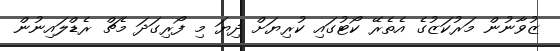
ޒުވާނުން މަރުކަޒުގެ އެތެރޭ ކޯޓުގައި ކުރިޔަށް ދިޔަ މި ފޯރިގަދަ މެޗް ރެޑްލައިނުން